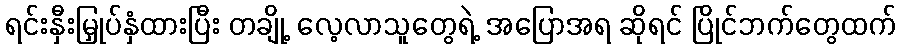
ရင်းနှီးမြှုပ်နှံထားပြီး တချို့ လေ့လာသူတွေရဲ့ အပြောအရ ဆိုရင် ပြိုင်ဘက်တွေထက်